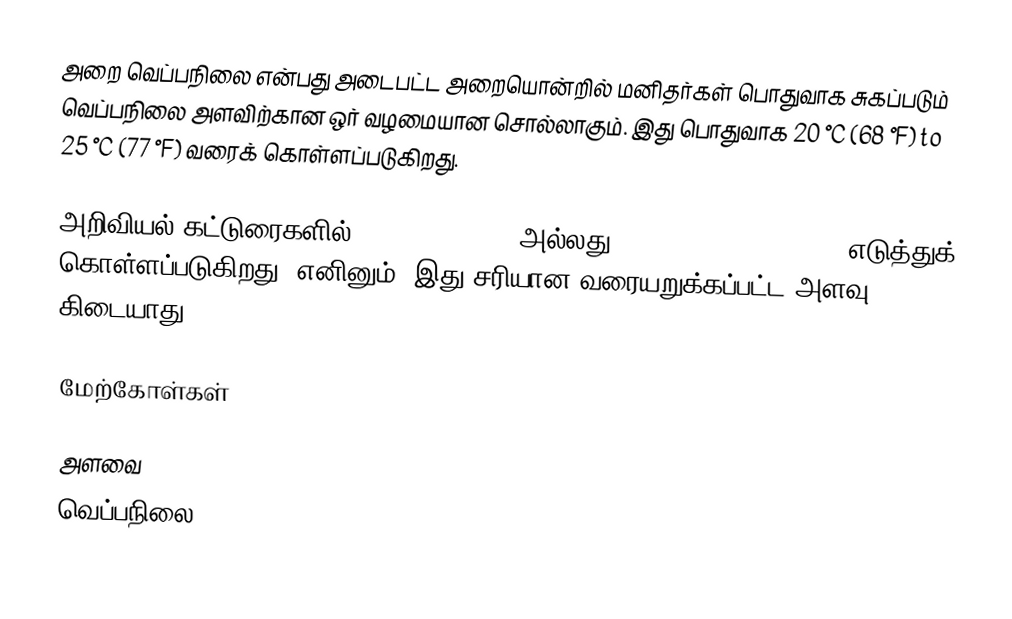
அறை வெப்பநிலை என்பது அடைபட்ட அறையொன்றில் மனிதர்கள் பொதுவாக சுகப்படும் வெப்பநிலை அளவிற்கான ஒர் வழமையான சொல்லாகும். இது பொதுவாக 20 °C (68 °F) to 25 °C (77 °F) வரைக் கொள்ளப்படுகிறது.

அறிவியல் கட்டுரைகளில் 80.6 °F (27 °C) அல்லது 300 K (27 °C, 80.6 °F) எடுத்துக் கொள்ளப்படுகிறது. எனினும், இது சரியான வரையறுக்கப்பட்ட அளவு கிடையாது.

மேற்கோள்கள்

அளவை
வெப்பநிலை